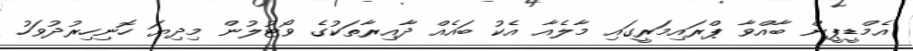
އެމްޑީޕީން ބާއްވާ ޕްރައިމަރީގައި މާލެއާ އެކު ބައެއް ދާއިރާތަކުގެ ވޯޓުލުން މިދިޔަ ހޮނިހިރުދުވަހު